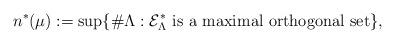
LaTeX: \begin{align*}n^*(\mu):=\sup\{ \#\Lambda : \mathcal {E}_{\Lambda}^* \hbox { is a maximal orthogonal set} \},\end{align*}